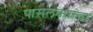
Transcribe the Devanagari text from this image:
पासलकरांचा